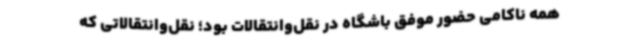
همه ناکامی حضور موفق باشگاه در نقل‌وانتقالات بود؛ نقل‌وانتقالاتی که